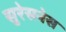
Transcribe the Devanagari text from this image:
सुरेसनेस